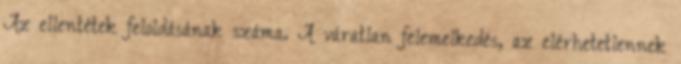
Az ellentétek feloldásának száma. A váratlan felemelkedés, az elérhetetlennek